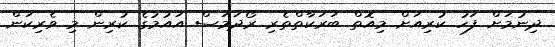
ދިނުމަށް ފަހު ކުރިއަށް މިއޮތް ބަރަކާތްތެރި ރޯދަމަސް އައުމުގެ ކުރިން މި ވެރިކަން